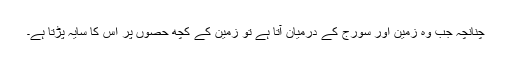
چنانچہ جب وہ زمین اور سورج کے درمیان آتا ہے تو زمین کے کچھ حصوں پر اس کا سایہ پڑتا ہے۔